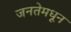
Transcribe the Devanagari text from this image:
जनतेमधून